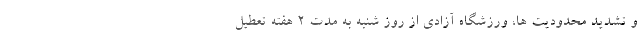
و تشدید محدودیت ها، ورزشگاه آزادی از روز شنبه به مدت ۲ هفته تعطیل